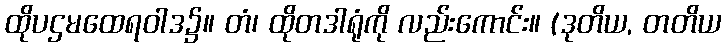
ထိုပဌမထေရဝါဒ၌။ တံ၊ ထိုတဒါရုံကို လည်းကောင်း။ (ဒုတိယ, တတိယ